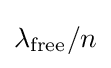
\lambda _{\rm {free}}/n